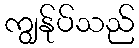
ကျွန်ုပ်သည်